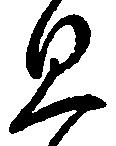
思